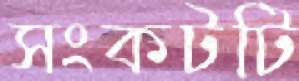
সংকটটি